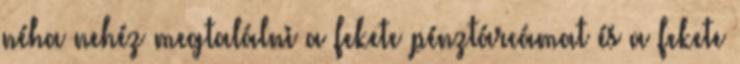
néha nehéz megtalálni a fekete pénztárcámat és a fekete